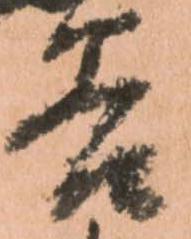
谷